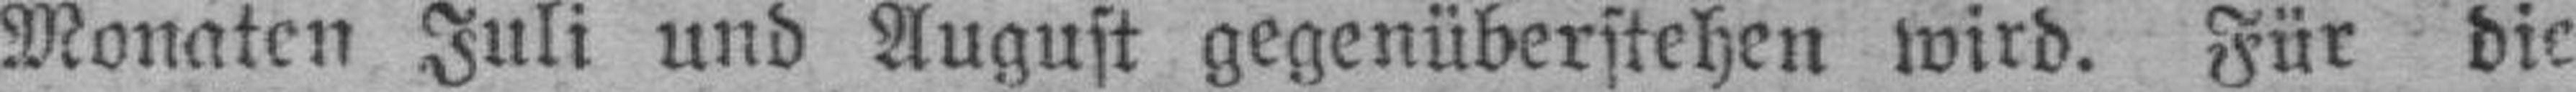
Monaten Juli und August gegenüberstehen wird. Für die